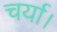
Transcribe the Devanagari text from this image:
चर्या।